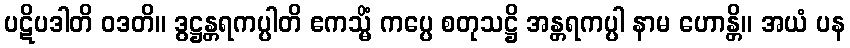
ပဋိပဒါတိ ဝဒတိ။ ဒွဋ္ဌန္တရကပ္ပါတိ ဧကသ္မိံ ကပ္ပေ စတုသဋ္ဌိ အန္တရကပ္ပါ နာမ ဟောန္တိ။ အယံ ပန